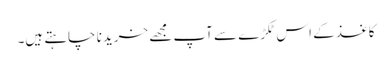
کاغذ کے اس ٹکڑے سے آپ مجھے خریدنا چاہتے ہیں۔